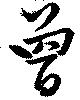
曽